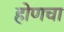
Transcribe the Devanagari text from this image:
होणचा